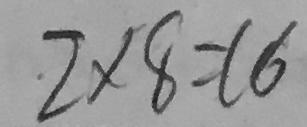
2 \times 8 = 1 6